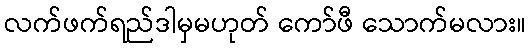
လက်ဖက်ရည်ဒါမှမဟုတ် ကော်ဖီ သောက်မလား။